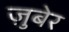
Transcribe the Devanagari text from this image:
ज़ुबेर